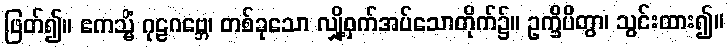
ဖြတ်၍။ ဧကသ္မိံ ဂုဠဂဗ္ဘေ၊ တစ်ခုသော လျှို့ဝှက်အပ်သောတိုက်၌။ ဥက္ခိပိတွာ၊ သွင်းထား၍။